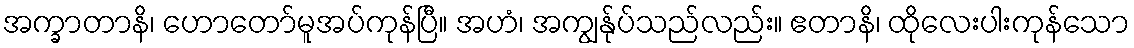
အက္ခာတာနိ၊ ဟောတော်မူအပ်ကုန်ပြီ။ အဟံ၊ အကျွန်ုပ်သည်လည်း။ ဧတာနိ၊ ထိုလေးပါးကုန်သော